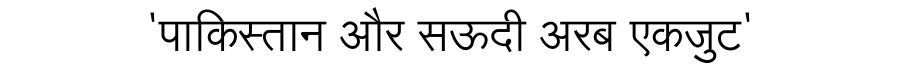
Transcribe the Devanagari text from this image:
'पाकिस्तान और सऊदी अरब एकजुट'